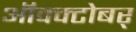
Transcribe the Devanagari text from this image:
ऑक्क्टोबर्